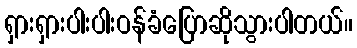
ရှားရှားပါးပါးဝန်ခံပြောဆိုသွားပါတယ်။